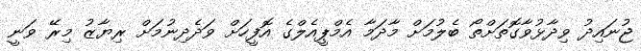
ޖުނައިދު ވިދާޅުވާގޮތަށްތޯ ބެލުމަށް މާދަމާ އެމްޕީއެލްގެ އޮފީހަށް ވަދެދިނުމަށް ރިޔާޒު މިރޭ ވަނީ